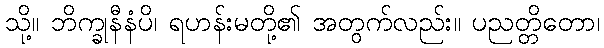
သို့။ ဘိက္ခုနီနံပိ၊ ရဟန်းမတို့၏ အတွက်လည်း။ ပညတ္တိတော၊